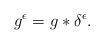
LaTeX: \begin{align*} g^{\epsilon} = g \ast \delta^{\epsilon}.\end{align*}